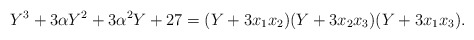
\begin{align*}Y^3+3\alpha Y^2 +3\alpha^2Y+27 = (Y+3x_1x_2)(Y+3x_2x_3)(Y+3x_1x_3).\end{align*}